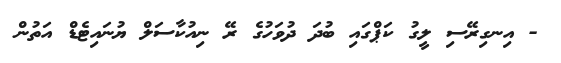
- އިނގިރޭސި ލީގު ކަޕްގައި ބުދަ ދުވަހުގެ ރޭ ނިއުކާސަލް ޔުނައިޓެޑް އަތުން